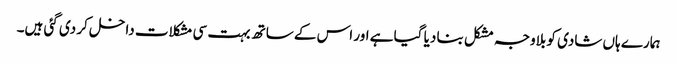
ہمارے ہاں شادی کو بلاوجہ مشکل بنا دیا گیا ہے اور اس کے ساتھ بہت سی مشکلات داخل کر دی گئی ہیں۔